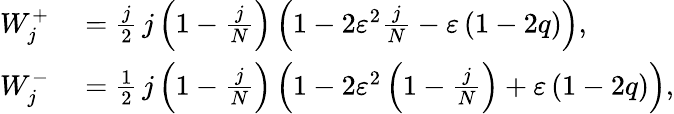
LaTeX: \begin{array}{rl}{W_{j}^{+}}&{{}=\frac{j}{2}\thinspace j\left(1-\frac{j}{N}\right)\left(1-2\varepsilon^{2}\frac{j}{N}-\varepsilon\left(1-2q\right)\right),}\\ {W_{j}^{-}}&{{}=\frac{1}{2}\thinspace j\left(1-\frac{j}{N}\right)\left(1-2\varepsilon^{2}\left(1-\frac{j}{N}\right)+\varepsilon\left(1-2q\right)\right),}\end{array}